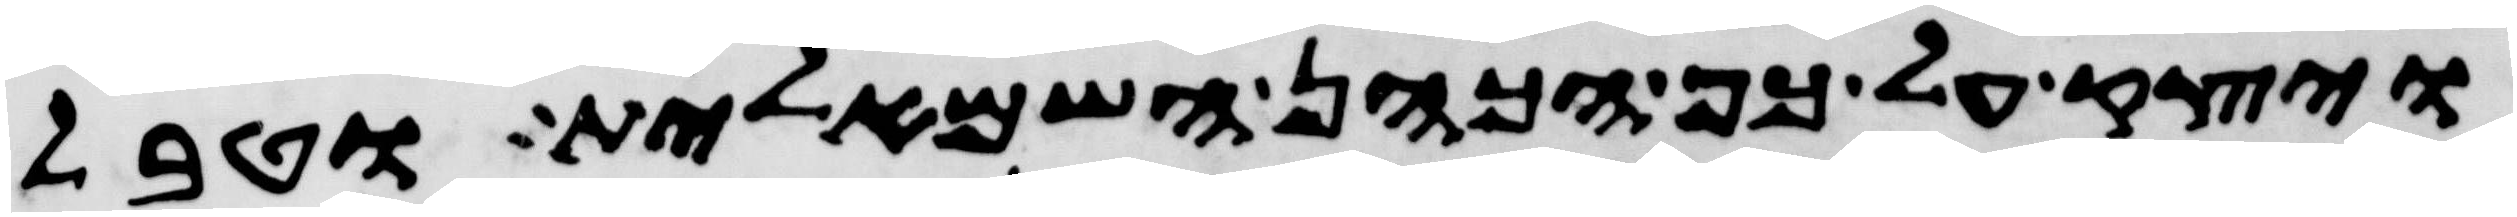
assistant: ויצק על כף הכהן השמאלית וטבל